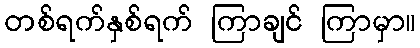
တစ်ရက်နှစ်ရက် ကြာချင် ကြာမှာ။